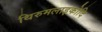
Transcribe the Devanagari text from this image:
थिरुमलाइकोदि